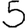
Digit: 5